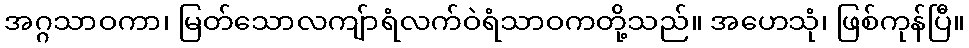
အဂ္ဂသာဝကာ၊ မြတ်သောလကျ်ာရံလက်ဝဲရံသာဝကတို့သည်။ အဟေသုံ၊ ဖြစ်ကုန်ပြီ။